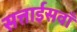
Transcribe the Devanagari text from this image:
सत्ताईसवाँ